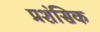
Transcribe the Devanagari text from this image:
प्रशंसिक